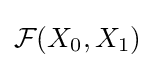
{\mathcal {F}}(X_{0},X_{1})